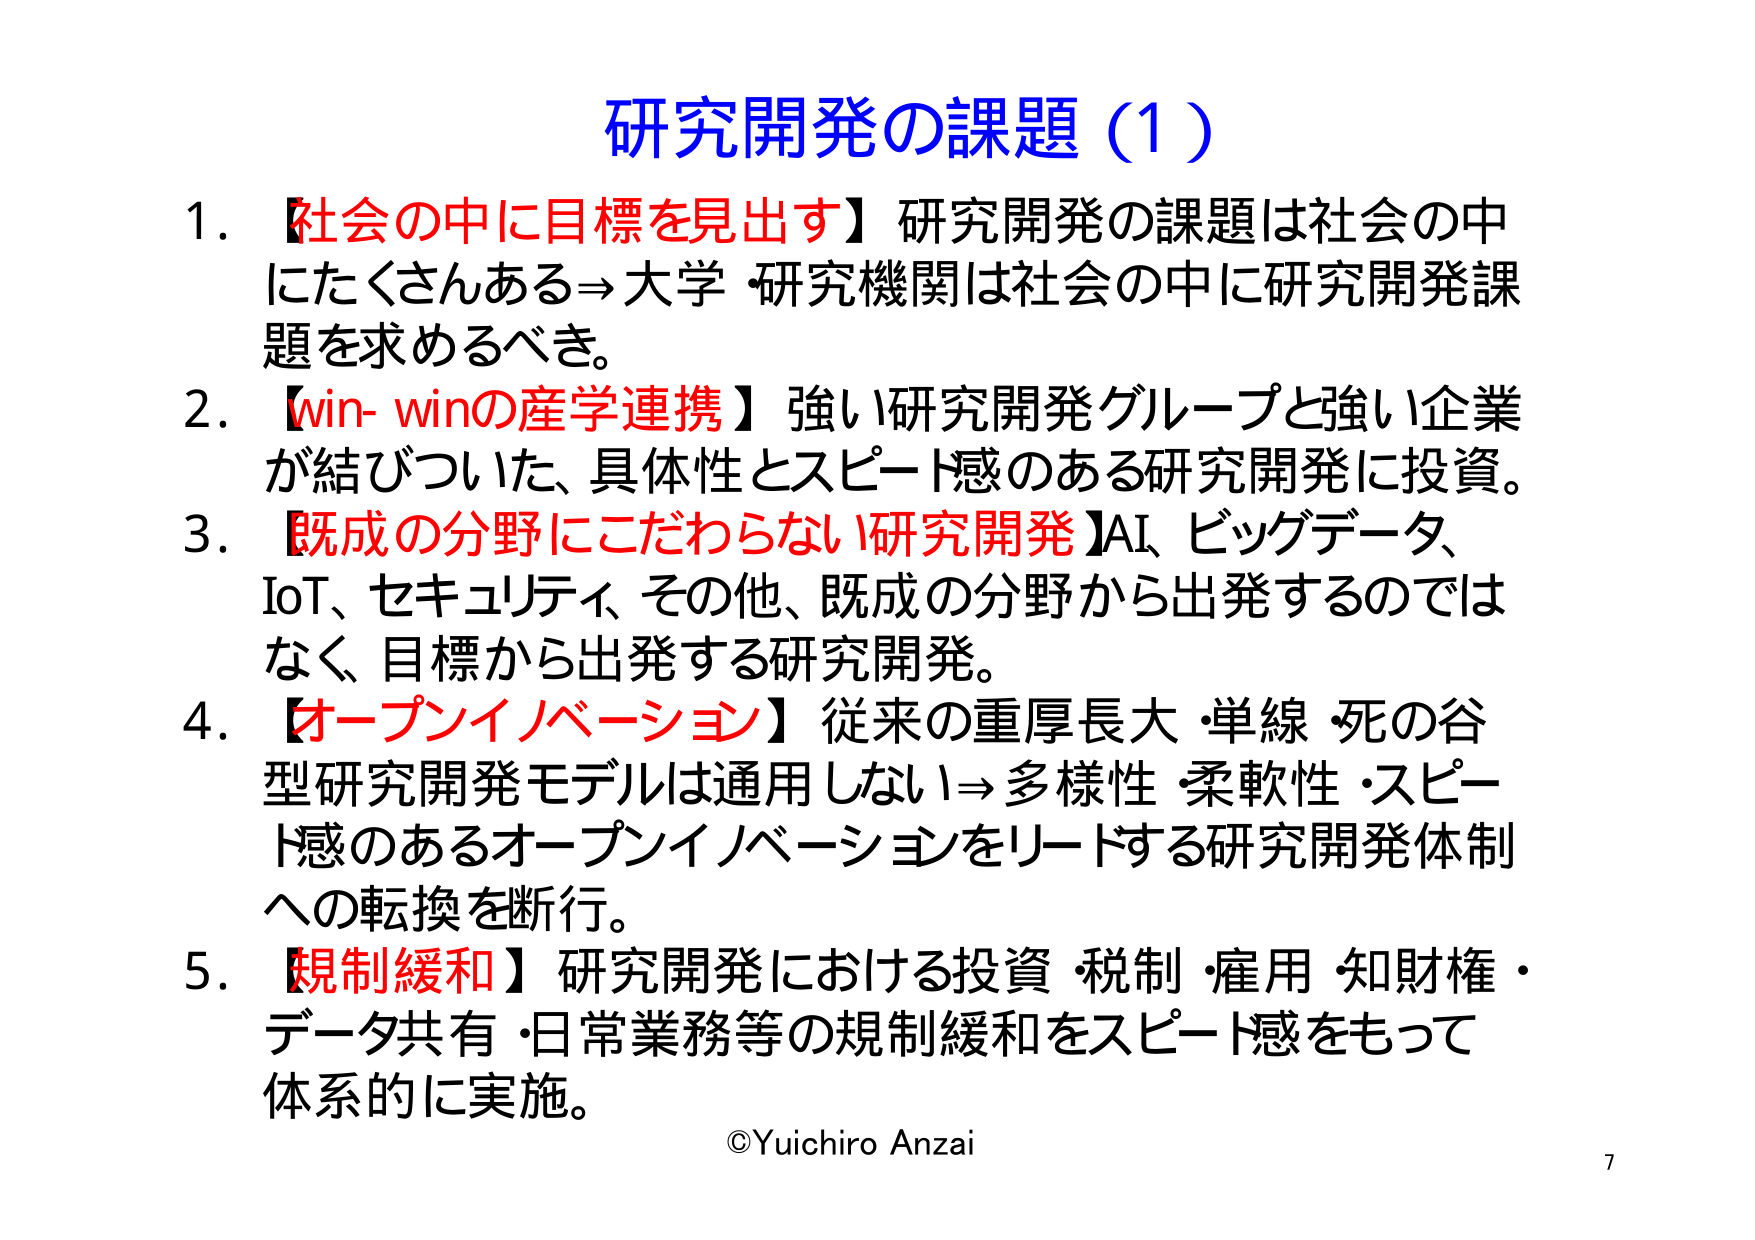
研究開発の課題（1）

1. 【社会の中に目標を見出す】研究開発の課題は社会の中にたくさんある⇒大学・研究機関は社会の中に研究開発課題を求めるべき。

2. 【win-winの産学連携】強い研究開発グループと強い企業が結びついた、具体性とスピード感のある研究開発に投資。

3. 【既成の分野にこだわらない研究開発】AI、ビッグデータ、IoT、セキュリティ、その他、既成の分野から出発するのではなく、目標から出発する研究開発。

4. 【オープンイノベーション】従来の重厚長大・単線・死の谷型研究開発モデルは通用しない⇒多様性・柔軟性・スピード感のあるオープンイノベーションをリードする研究開発体制への転換を断行。

5. 【規制緩和】研究開発における投資・税制・雇用・知財権・データ共有・日常業務等の規制緩和をスピード感をもって体系的に実施。

©Yuichiro Anzai
7